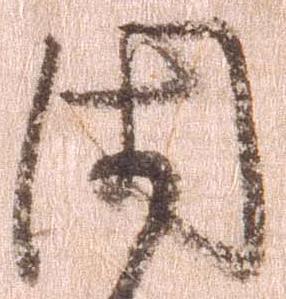
閑